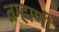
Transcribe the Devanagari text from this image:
ब्रम्हाणी